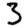
Digit: 3